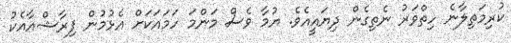
ކުރިމަތިލާނެ ހިތްވަރު ނެތިގެން ދިޔައީއެވެ. ޔުމާ ވެސް މަންމަ ހަމައަކަށް އެޅުމުން ފިރާޝްއާއެކު